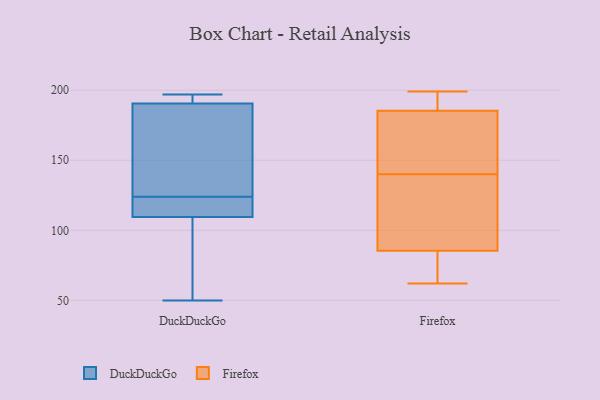
{"axis": {"x": "LTV (USD)", "y": "Value"}, "legend": ["DuckDuckGo", "Firefox"], "data": [{"x": "", "y": 197, "type": "DuckDuckGo"}, {"x": "", "y": 79, "type": "DuckDuckGo"}, {"x": "", "y": 181, "type": "DuckDuckGo"}, {"x": "", "y": 116, "type": "DuckDuckGo"}, {"x": "", "y": 190, "type": "DuckDuckGo"}, {"x": "", "y": 105, "type": "DuckDuckGo"}, {"x": "", "y": 192, "type": "DuckDuckGo"}, {"x": "", "y": 111, "type": "DuckDuckGo"}, {"x": "", "y": 124, "type": "DuckDuckGo"}, {"x": "", "y": 193, "type": "DuckDuckGo"}, {"x": "", "y": 153, "type": "DuckDuckGo"}, {"x": "", "y": 113, "type": "DuckDuckGo"}, {"x": "", "y": 50, "type": "DuckDuckGo"}, {"x": "", "y": 190, "type": "Firefox"}, {"x": "", "y": 136, "type": "Firefox"}, {"x": "", "y": 99, "type": "Firefox"}, {"x": "", "y": 81, "type": "Firefox"}, {"x": "", "y": 177, "type": "Firefox"}, {"x": "", "y": 62, "type": "Firefox"}, {"x": "", "y": 145, "type": "Firefox"}, {"x": "", "y": 188, "type": "Firefox"}, {"x": "", "y": 199, "type": "Firefox"}, {"x": "", "y": 140, "type": "Firefox"}, {"x": "", "y": 80, "type": "Firefox"}]}